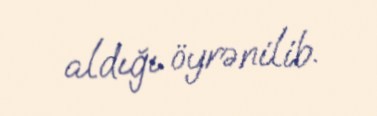
aldığı öyrənilib.